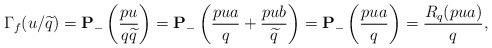
LaTeX: \begin{align*}\Gamma_f(u/\widetilde{q})={\bf P}_-\left(\frac{pu}{q\widetilde{q}}\right)={\bf P}_-\left(\frac{pua}{q}+\frac{pub}{\widetilde{q}}\right)={\bf P}_-\left(\frac{pua}{q}\right)=\frac{R_q(pua)}{q},\end{align*}